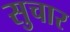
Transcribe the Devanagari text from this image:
सुचार